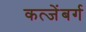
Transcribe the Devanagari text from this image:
कत्जेंबर्ग